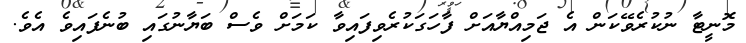
މޮނީޓާ ނުކުރެވޭކަން އެ ޖަމިއްޔާއަށް ފާހަގަކުރެވިފައިވާ ކަމަށް ވެސް ބަޔާނުގައި ބުނެފައިވެ އެވެ.